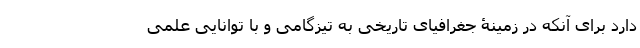
دارد برای آنکه در زمینۀ جغرافیای تاریخی به تیزگامی و با توانایی علمی